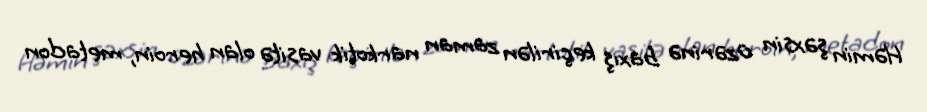
Həmin şəxsin üzərinə baxış keçirilən zaman narkotik vasitə olan heroin, metadon